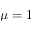
\mu = 1